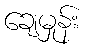
ချေမှုန်း